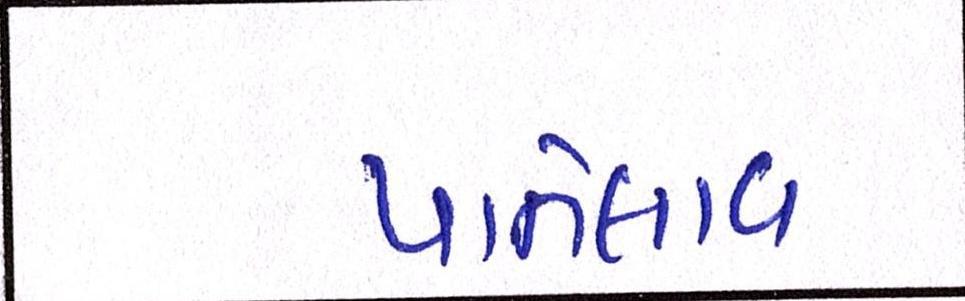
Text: પાનેલાવ